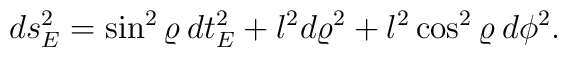
ds^2_E =  \sin^2\varrho \:  dt_E^2 + l^2 d\varrho^2 + l^2 \cos^2 \varrho \: d\phi^2.